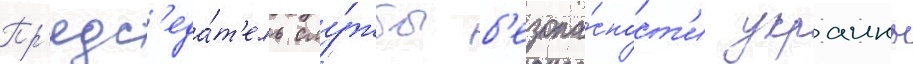
Пр'едс'еда́т'ель слу́жбы б'езопа́сност'и украины